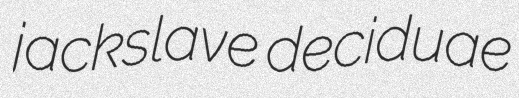
jackslave deciduae